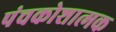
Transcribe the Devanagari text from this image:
पंचकोशात्मक